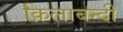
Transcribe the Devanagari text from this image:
क़िलाबन्दी